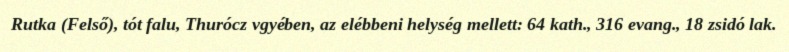
Rutka (Felső), tót falu, Thurócz vgyében, az elébbeni helység mellett: 64 kath., 316 evang., 18 zsidó lak.